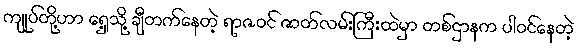
ကျုပ်တို့ဟာ ရှေ့သို့ ချီတက်နေတဲ့ ရာဇဝင် ဇာတ်လမ်းကြီးထဲမှာ တစ်ဌာနက ပါဝင်နေတဲ့